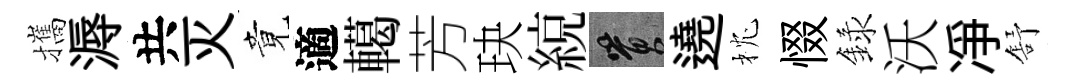
攜溽共灭竟適轕芳玦綂篔遶枕惙録沃凈舒